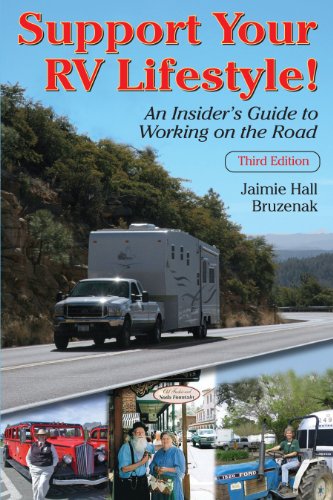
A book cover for Support Your RV Lifestyle! An Insider's Guide to Working on the Road, 3rd ed.; Jaimie Hall Bruzenak; Travel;